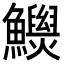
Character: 𩼾